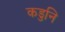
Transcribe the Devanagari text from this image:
कडुनि